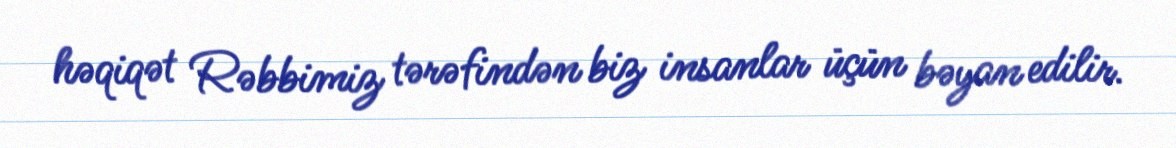
həqiqət Rəbbimiz tərəfindən biz insanlar üçün bəyan edilir.